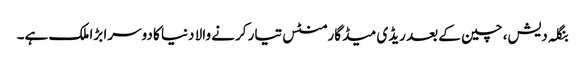
بنگلہ دیش، چین کے بعد ریڈی میڈ گارمنٹس تیار کرنے والا دنیا کا دوسرا بڑا ملک ہے۔